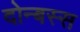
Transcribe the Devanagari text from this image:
दोन्बस्स